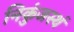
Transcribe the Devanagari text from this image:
निकुंजस्थं